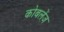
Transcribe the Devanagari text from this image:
कोबलेंज़